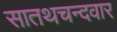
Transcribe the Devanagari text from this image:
सातथचन्दवार